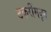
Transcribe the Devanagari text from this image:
टकरींमधून